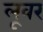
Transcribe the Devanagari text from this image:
लूवर